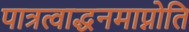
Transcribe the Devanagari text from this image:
पात्रत्वाद्धनमाप्नोति